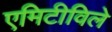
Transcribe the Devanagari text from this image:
एमिटीविले